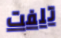
تلفت